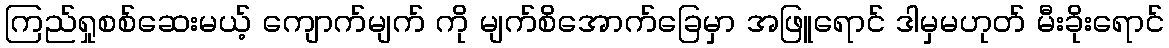
ကြည်ရှုစစ်ဆေးမယ့် ကျောက်မျက် ကို မျက်စိအောက်ခြေမှာ အဖြူရောင် ဒါမှမဟုတ် မီးခိုးရောင်